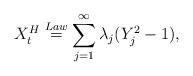
LaTeX: \begin{align*}X^H_t\overset{Law}{=}\sum_{j=1}^\infty\lambda_j(Y_j^2-1),\end{align*}